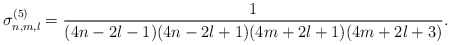
\begin{align*}\sigma_{n,m,l}^{(5)} = \frac{1}{(4n-2l-1)(4n-2l+1)(4m+2l+1)(4m+2l+3)}.\end{align*}